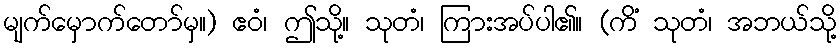
မျက်မှောက်တော်မှ။) ဧဝံ၊ ဤသို့။ သုတံ၊ ကြားအပ်ပါ၏။ (ကိံ သုတံ၊ အဘယ်သို့